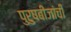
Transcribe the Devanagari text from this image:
पुरुषबीजांची